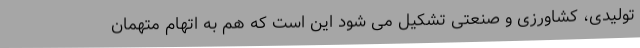
تولیدی، کشاورزی و صنعتی تشکیل می شود این است که هم به اتهام متهمان